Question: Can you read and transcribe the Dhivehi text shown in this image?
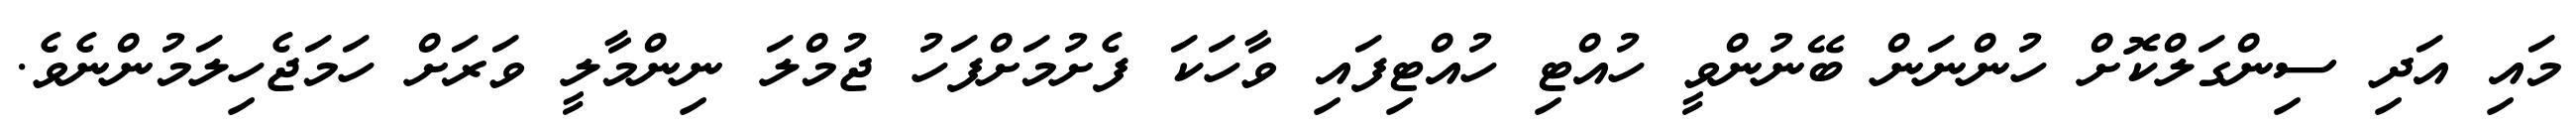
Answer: މައި އަދި ސިންގަލްކޮށް ހުންނަން ބޭނުންވީ ހުއްޓި ހުއްޓިފައި ވާހަކަ ފެށުމަށްފަހު ޖުމްލަ ނިންމާލީ ވަރަށް ހަމަޖެހިލަމުންނެވެ.